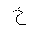
Letter: _kha